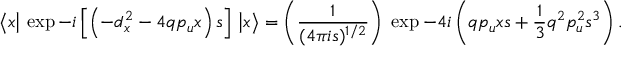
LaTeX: \big \langle x \big \vert \, \exp - i \left[ \left( - d _ { x } ^ { 2 } - 4 q p _ { u } x \right) s \right] \, \big \vert x \big \rangle = \left( { \frac { 1 } { ( 4 \pi i s ) ^ { 1 / 2 } } } \right) \; \exp - 4 i \left( q p _ { u } x s + { \frac { 1 } { 3 } } q ^ { 2 } p _ { u } ^ { 2 } s ^ { 3 } \right) .